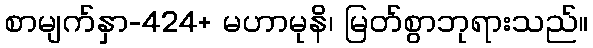
စာမျက်နှာ-424+ မဟာမုနိ၊ မြတ်စွာဘုရားသည်။